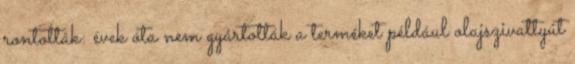
rontották: évek óta nem gyártották a terméket például olajszivattyút